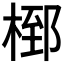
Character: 𭪸